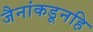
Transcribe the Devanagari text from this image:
जैनांकडूनहि